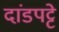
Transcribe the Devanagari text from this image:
दांडपट्टे